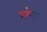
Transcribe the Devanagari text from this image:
मार्ग्युराइट